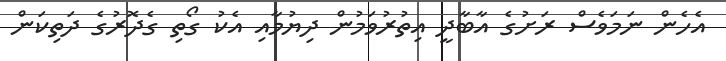
އެހެން ނަމަވެސް ރަށުގެ އާބާދީ އިތުރުވަމުން ދިޔުމާއި އެކު ގޯތި ގެދޮރުގެ ދަތިކަން